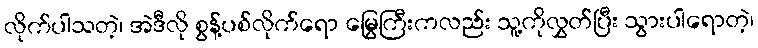
လိုက်ပါသတဲ့၊ အဲဒီလို စွန့်ပစ်လိုက်ရော မြွေကြီးကလည်း သူ့ကိုလွှတ်ပြီး သွားပါရောတဲ့၊